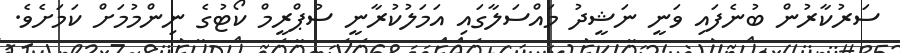
ސަރުކާރުން ބުނެފައި ވަނީ ނަޝީދު މައްސަލާގައި އަމަލުކުރާނީ ސުޕްރީމް ކޯޓުގެ ނިންމުމަށް ކަމަށެވެ.